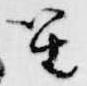
笙